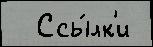
  Ссы́лк'и